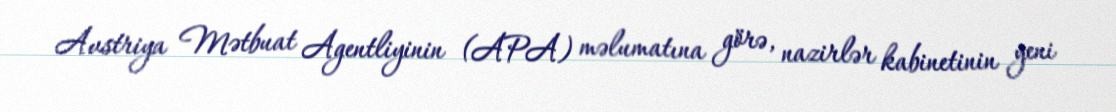
Avstriya Mətbuat Agentliyinin (APA) məlumatına görə, nazirlər kabinetinin yeni